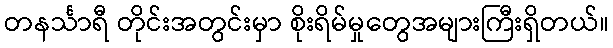
တနင်္သာရီ တိုင်းအတွင်းမှာ စိုးရိမ်မှုတွေအများကြီးရှိတယ်။